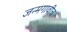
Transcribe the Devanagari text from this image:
जन्मगावीच